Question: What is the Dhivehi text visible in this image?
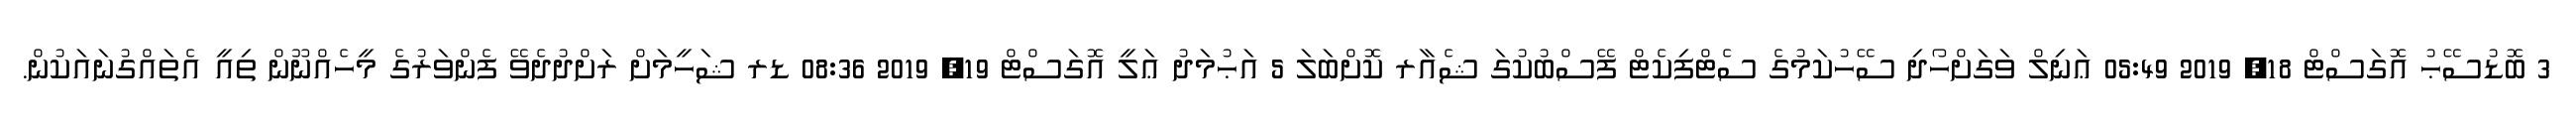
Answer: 3 ބޮޑުސޭޙު އޮގަސްޓް 18, 2019 05:49 ޢަނިލް ވަގަށްހޯދި ސޭހުކަމުގެ ސެޓްފިކެޓް ފޭސްބުކުގަ ޝެއާރ ކޮށްބަލަ 5 އަޙުމަދު ޢަލީ އޮގަސްޓް 19, 2019 08:36 ޑރ ޝަހީމަށް ރަށްދުދެވޭ ފެންވަރުގެ މީހެއްނޫން ތިއީ އެތައްގުނައަކުން.